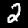
Digit: 2